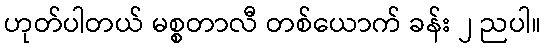
ဟုတ်ပါတယ် မစ္စတာလီ တစ်ယောက် ခန်း ၂ ညပါ။